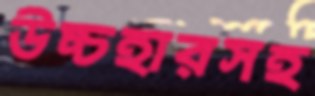
উচ্চহারসহ